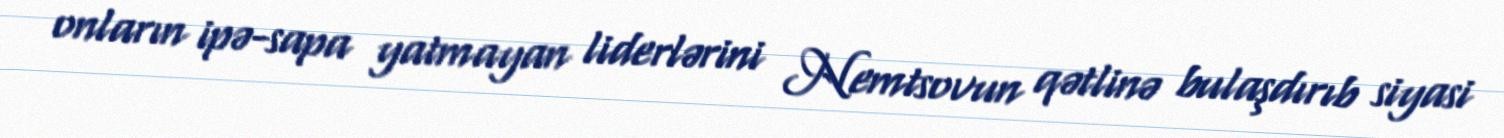
onların ipə-sapa yatmayan liderlərini Nemtsovun qətlinə bulaşdırıb siyasi